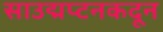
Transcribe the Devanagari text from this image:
साउद्मप्टनकदून